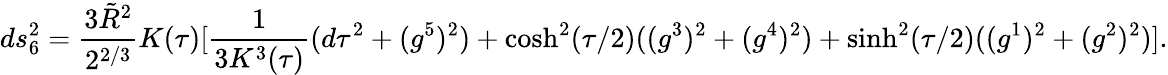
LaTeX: ds_{6}^{2}={\frac{3{\tilde{R}}^{2}}{2^{2/3}}}K(\tau)[{\frac{1}{3K^{3}(\tau)}}(d\tau^{2}+(g^{5})^{2})+\cosh^{2}(\tau/2)((g^{3})^{2}+(g^{4})^{2})+\sinh^{2}(\tau/2)((g^{1})^{2}+(g^{2})^{2})].